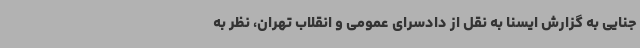
جنایی به گزارش ایسنا به نقل از دادسرای عمومی و انقلاب تهران، نظر به